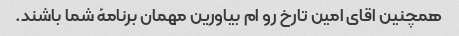
همچنین اقای امین تارخ رو ام بیاورین مهمان برنامهٔ شما باشند.